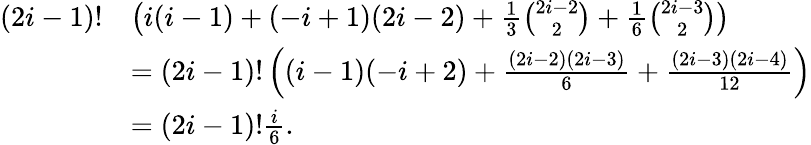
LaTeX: \begin{array}{rl}{(2i-1)!}&{\left(i(i-1)+(-i+1)(2i-2)+\frac{1}{3}\binom{2i-2}{2}+\frac{1}{6}\binom{2i-3}{2}\right)}\\ &{=(2i-1)!\left((i-1)(-i+2)+\frac{(2i-2)(2i-3)}{6}+\frac{(2i-3)(2i-4)}{12}\right)}\\ &{=(2i-1)!\frac{i}{6}.}\end{array}